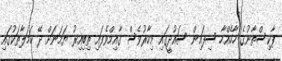
ޕާކިސްތާނުގެ ހާހެއްހާ ސިފައިން ސައުދީގައި މިހާރުވެސް ގާއިމްވެފައި ތިބިއިރު ޔަމަނަށް ދޭ ހަމަލާތަކުގައި